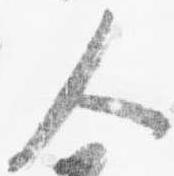
人